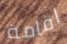
اقامة